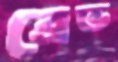
ব্রেভ